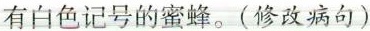
有白色记号的蜜蜂。(修改病句)